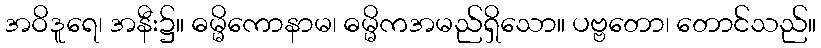
အဝိဒူရေ၊ အနီး၌။ ဓမ္မိကောနာမ၊ ဓမ္မိကအမည်ရှိသော။ ပဗ္ဗတော၊ တောင်သည်။